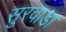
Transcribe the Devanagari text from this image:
सुरवाडा